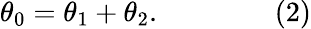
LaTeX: \theta_{0}=\theta_{1}+\theta_{2}.\qquad\qquad(2)